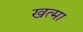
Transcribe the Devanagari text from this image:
खत्मा